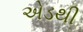
એડથી